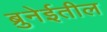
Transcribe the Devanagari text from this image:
ब्रुनेईतील